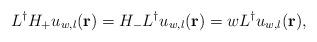
LaTeX: \begin{align*}L^{\dag} H_+ u_{w,l} ({\bf r}) = H_- L^{\dag} u_{w,l} ({\bf r}) = w L^{\dag}u_{w,l} ({\bf r}),\end{align*}